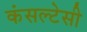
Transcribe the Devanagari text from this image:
कंसल्टेसी